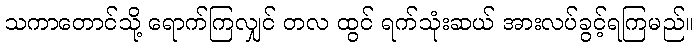
သကာတောင်သို့ ရောက်ကြလျှင် တလ ထွင် ရက်သုံးဆယ် အားလပ်ခွင့်ရကြမည်။